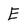
Character: E